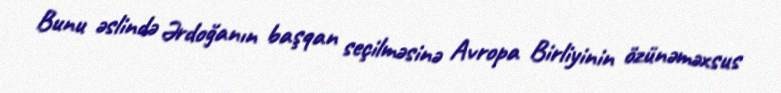
Bunu əslində Ərdoğanın başqan seçilməsinə Avropa Birliyinin özünəməxsus